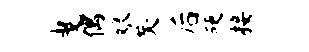
曳偶娘矣后硬接